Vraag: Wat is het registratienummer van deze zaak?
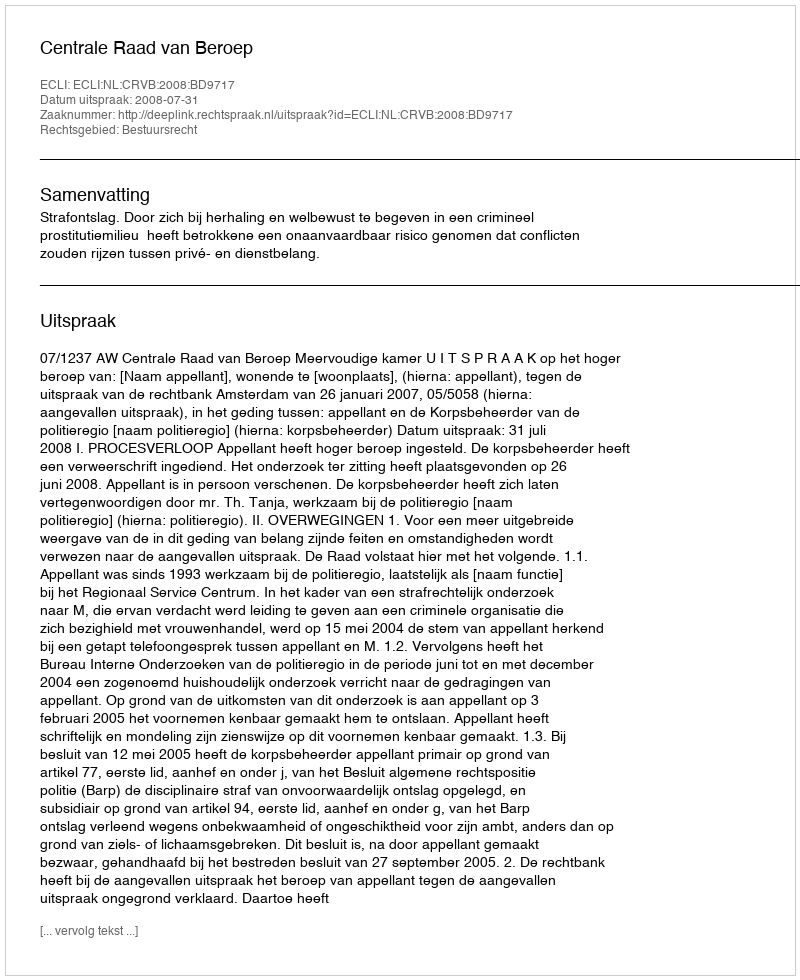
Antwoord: http://deeplink.rechtspraak.nl/uitspraak?id=ECLI:NL:CRVB:2008:BD9717